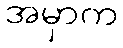
အမှာက